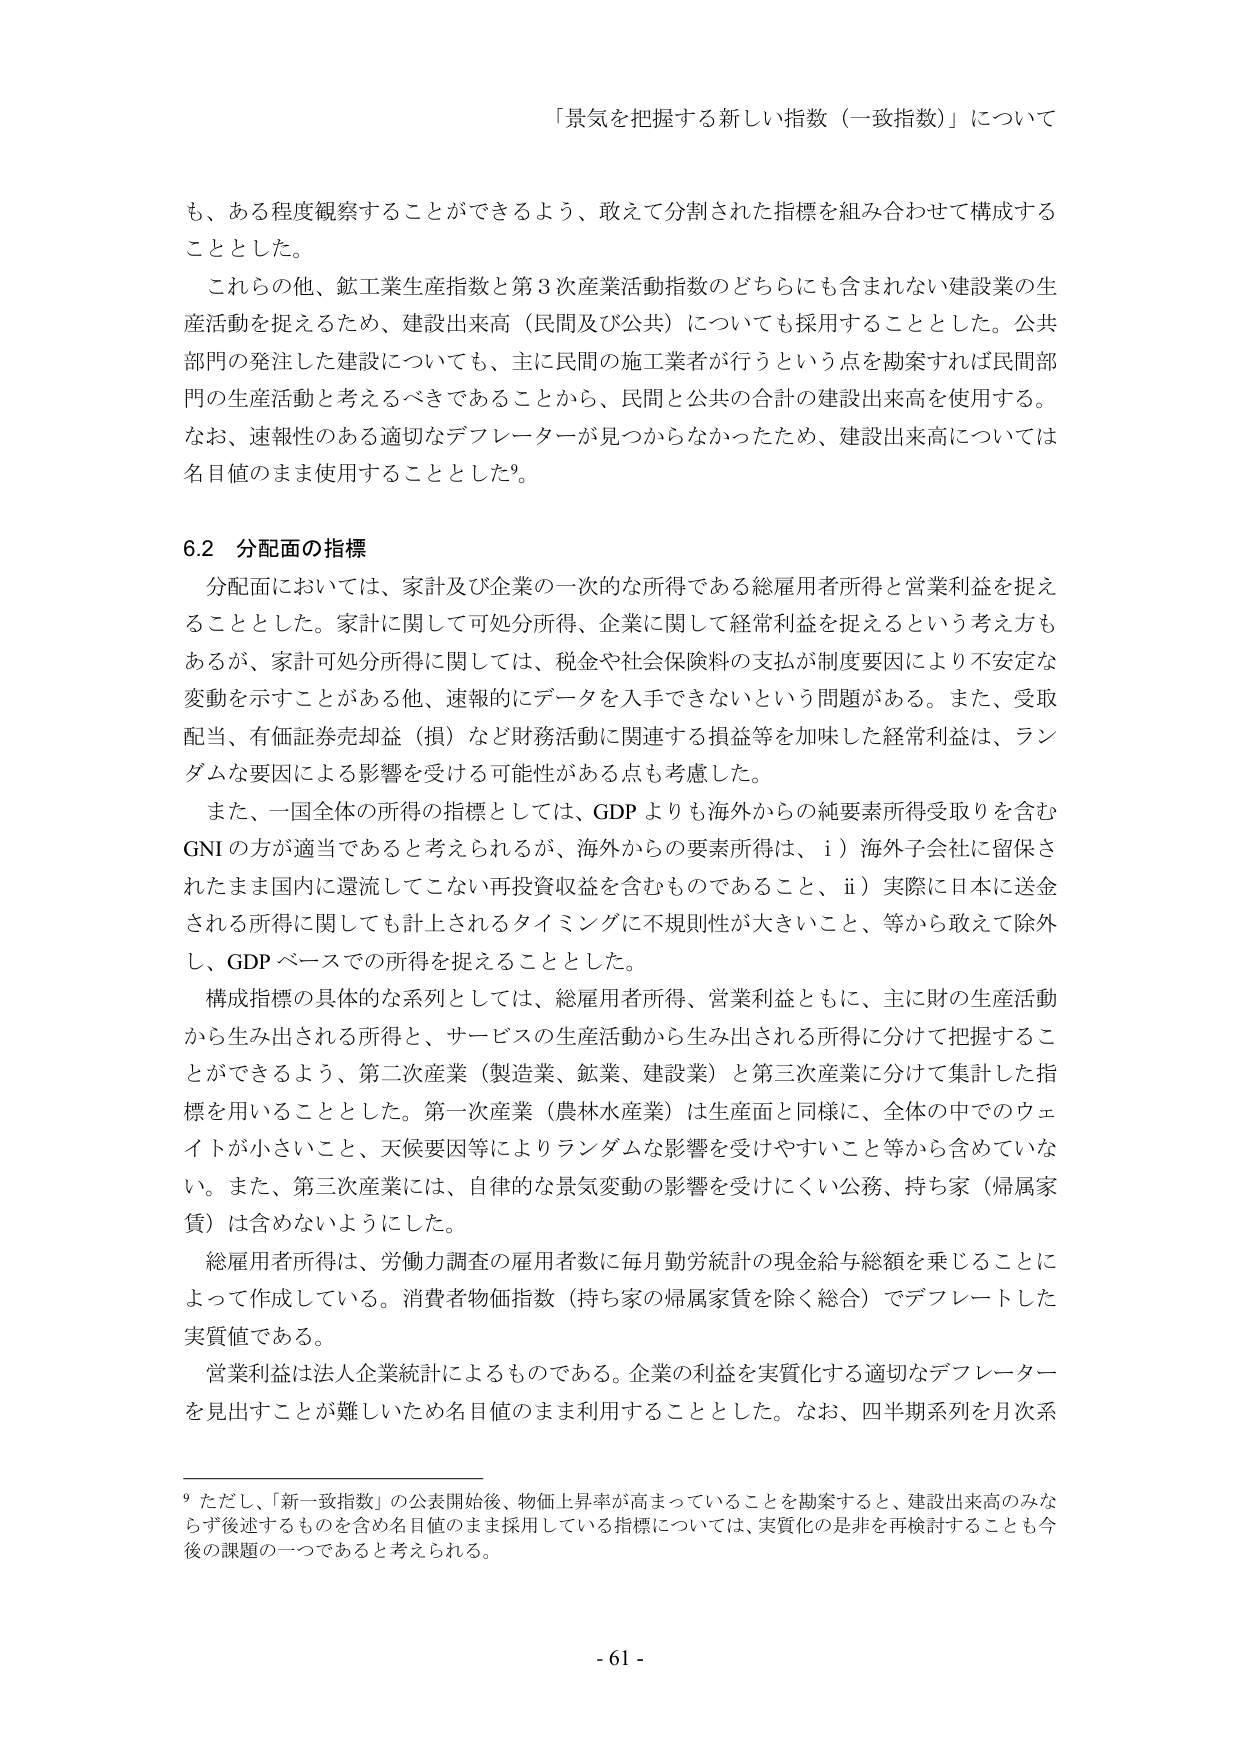
「景気を把握する新しい指数（一致指数）」について

も、ある程度観察することができるよう、敢えて分割された指標を組み合わせて構成することとした。

これらの他、鉱工業生産指数と第3次産業活動指数のどちらにも含まれない建設業の生産活動を捉えるため、建設出来高（民間及び公共）についても採用することとした。公共部門の発注した建設についても、主に民間の施工業者が行うという点を勘案すれば民間部門の生産活動と考えるべきであることから、民間と公共の合計の建設出来高を使用する。なお、速報性のある適切なデフレーターが見つからなかったため、建設出来高については名目値のまま使用することとした9。

6.2 分配面の指標

分配面においては、家計及び企業の一次的な所得である総雇用者所得と営業利益を捉えることとした。家計に関して可処分所得、企業に関して経常利益を捉えるという考え方もあるが、家計可処分所得に関しては、税金や社会保険料の支払が制度要因により不安定な変動を示すことがある他、速報的にデータを入手できないという問題がある。また、受取配当、有価証券売却益（損）など財務活動に関連する損益等を加味した経常利益は、ランダムな要因による影響を受ける可能性がある点も考慮した。

また、一国全体の所得の指標としては、GDPよりも海外からの純要素所得受取りを含むGNIの方が適当であると考えられるが、海外からの要素所得は、i）海外子会社に留保されたまま国内に還流してこない再投資収益を含むものであること、ii）実際に日本に送金される所得に関しても計上されるタイミングに不規則性が大きいこと、等から敢えて除外し、GDPベースでの所得を捉えることとした。

構成指標の具体的な系列としては、総雇用者所得、営業利益ともに、主に財の生産活動から生み出される所得と、サービスの生産活動から生み出される所得に分けて把握することができるよう、第二次産業（製造業、鉱業、建設業）と第三次産業に分けて集計した指標を用いることとした。第一次産業（農林水産業）は生産面と同様に、全体の中でのウェイトが小さいこと、天候要因等によりランダムな影響を受けやすいこと等から含めていない。また、第三次産業には、自律的な景気変動の影響を受けにくい公務、持ち家（帰属家賃）は含めないようにした。

総雇用者所得は、労働力調査の雇用者数に毎月勤労統計の現金給与総額を乗じることによって作成している。消費者物価指数（持ち家の帰属家賃を除く総合）でデフレートした実質値である。

営業利益は法人企業統計によるものである。企業の利益を実質化する適切なデフレーターを見出すことが難しいため名目値のまま利用することとした。なお、四半期系列を月次系

9 ただし、「新一致指数」の公表開始後、物価上昇率が高まっていることを勘案すると、建設出来高のみならず後述するものを含め名目値のまま採用している指標については、実質化の是非を再検討することも今後の課題の一つであると考えられる。

- 61 -